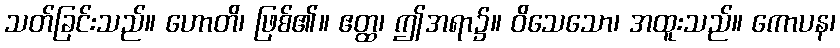
သတ်ခြင်းသည်။ ဟောတိ၊ ဖြစ်၏။ ဧတ္ထ၊ ဤအရာ၌။ ဝိသေသော၊ အထူးသည်။ ကောပန၊